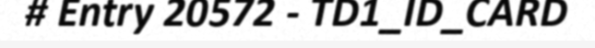
# Entry 20572 - TD1_ID_CARD